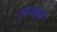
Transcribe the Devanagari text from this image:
ठायापुढां